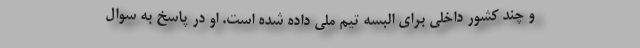
و چند کشور داخلی برای البسه تیم ملی داده شده است. او در پاسخ به سوال